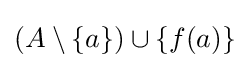
(A\setminus \{a\})\cup \{f(a)\}